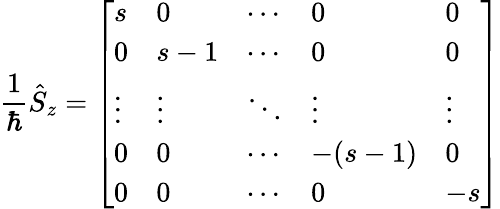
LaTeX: {\frac{1}{\hbar}}{\hat{S}}_{z}={\left[\begin{array}{lllll}{s}&{0}&{\cdots}&{0}&{0}\\ {0}&{s-1}&{\cdots}&{0}&{0}\\ {\vdots}&{\vdots}&{\ddots}&{\vdots}&{\vdots}\\ {0}&{0}&{\cdots}&{-(s-1)}&{0}\\ {0}&{0}&{\cdots}&{0}&{-s}\end{array}\right]}